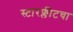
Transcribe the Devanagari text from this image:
स्टारफ्लीटचा